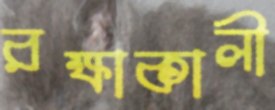
রক্ষাকালী